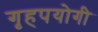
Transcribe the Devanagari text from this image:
गृहपयोगी